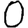
Digit: 0